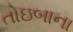
તોઇબાના